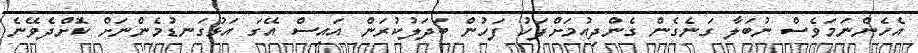
އެހެންނަމަވެސް ނުބަލާ ގަނެގެން ގެންދިއުމަށްފަހު ފަހުން ބަދަލުކުރަން އައިސް އޭގަ އަޅުގަނޑުމެންނަށް ކޮށްދެވޭނެ